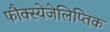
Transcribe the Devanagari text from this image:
फौक्स्येजेलिप्तिक